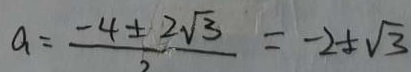
a = \frac { - 4 \pm 2 \sqrt { 3 } } { 2 } = - 2 \pm \sqrt { 3 }